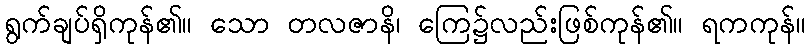
ရွက်ချပ်ရှိကုန်၏။ သော တလဇာနိ၊ ကြေ၌လည်းဖြစ်ကုန်၏။ ရကကုန်။